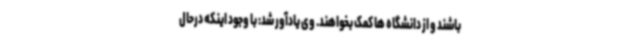
باشند و از دانشگاه ها کمک بخواهند. وی یادآور شد: با وجود اینکه درحال